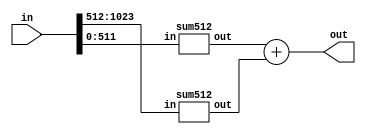

// Module sum(n) to count how many 1's in (n) bits array.
module sum1024 (
    input [1024-1:0] in,
    output [10:0] out
);
    wire [9:0] outr, outl;
    sum512 l(in[1024-1:512], outl);
    sum512 r(in[512-1:0], outr);
    assign out = outr + outl;
endmodule

module sum512(
    input [512-1:0] in,
    output [9:0] out
);
    wire [8:0] outr, outl;
    sum256 l(in[512-1:256], outl);
    sum256 r(in[256-1:0], outr);
    assign out = outr + outl;
endmodule

module sum256(
    input [256-1:0] in,
    output [8:0] out
);
    wire [7:0] outr, outl;
    sum128 l(in[256-1:128], outl);
    sum128 r(in[128-1:0], outr);
    assign out = outr + outl;
endmodule

module sum128(
    input [128-1:0] in,
    output [7:0] out
);
    wire [6:0] outr, outl;
    sum64 l(in[128-1:64], outl);
    sum64 r(in[64-1:0], outr);
    assign out = outr + outl;
endmodule

module sum64(
    input [64-1:0] in,
    output [6:0] out
);
    wire [5:0] outr, outl;
    sum32 l(in[64-1:32], outl);
    sum32 r(in[32-1:0], outr);
    assign out = outr + outl;
endmodule

module sum32(
    input [32-1:0] in,
    output [5:0] out
);
    wire [4:0] outr, outl;
    sum16 l(in[32-1:16], outl);
    sum16 r(in[16-1:0], outr);
    assign out = outr + outl;
endmodule

module sum16(
    input [16-1:0] in,
    output [4:0] out
);
    wire [3:0] outr, outl;
    sum8 l(in[16-1:8], outl);
    sum8 r(in[8-1:0], outr);
    assign out = outr + outl;
endmodule

module sum8(
    input [8-1:0] in,
    output [3:0] out
);
    wire [2:0] outr, outl;
    sum4 l(in[8-1:4], outl);
    sum4 r(in[4-1:0], outr);
    assign out = outr + outl;
endmodule

module sum4(
    input [4-1:0] in,
    output [2:0] out
);
    wire [1:0] outr, outl;
    sum2 l(in[4-1:2], outl);
    sum2 r(in[2-1:0], outr);
    assign out = outr + outl;
endmodule

module sum2(
    input [2-1:0] in,
    output [1:0] out
);
    assign out = in[1] + in[0];
endmodule